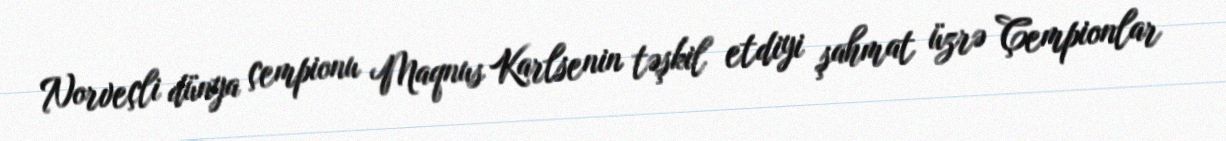
Norveçli dünya çempionu Maqnus Karlsenin təşkil etdiyi şahmat üzrə Çempionlar